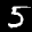
Label: 5